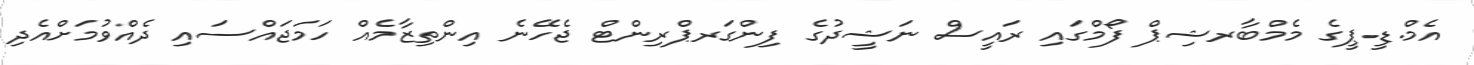
އެމް.ޑީ.ޕީގެ މެމްބާރޝިޕް ފޯމްގައި ރައީސް ނަޝީދުގެ ފިންގަރޕްރިންޓް ޖެހޭނެ އިންތިޒާމެއް ހަމަޖައްސައި ދެއްވުމަށްއެދި